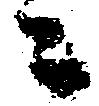
ニ